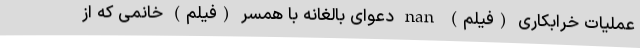
عملیات خرابکاری (فیلم) nan دعوای بالغانه با همسر (فیلم) خانمی كه از